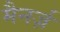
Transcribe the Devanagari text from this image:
मैनर्ज़